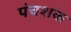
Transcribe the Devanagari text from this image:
पंचशक